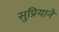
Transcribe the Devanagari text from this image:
सुप्रियाने